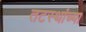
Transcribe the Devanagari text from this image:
तटस्थांच्या